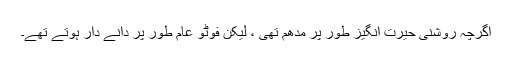
اگرچہ روشنی حیرت انگیز طور پر مدھم تھی ، لیکن فوٹو عام طور پر دانے دار ہوتے تھے۔